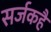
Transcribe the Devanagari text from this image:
सर्जकहैं